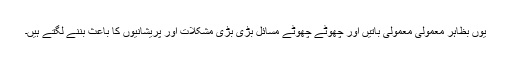
یوں بظاہر معمولی معمولی باتیں اور چھوٹے چھوٹے مسائل بڑی بڑی مشکلات اور پریشانیوں کا باعث بننے لگتے ہیں۔